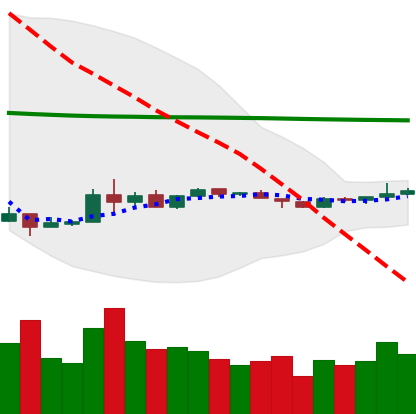
Ticker: EOS-USD
Chart end date: 2020-04-03
Forward return: 17.039%
Label: up_7plus